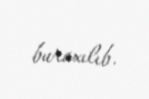
buraxılıb.